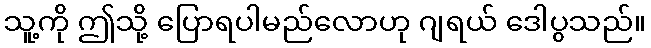
သူ့ကို ဤသို့ ပြောရပါမည်လောဟု ဂျရယ် ဒေါပွသည်။